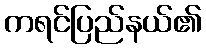
ကရင်ပြည်နယ်၏